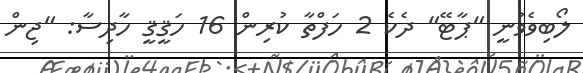
ލޯބިވެވުނީ "ޕާޓޭ" ދެކެ 2 ހަފްތާ ކުރިން 16 ހަޤީޤީ ހާދިސާ: "ޖިން